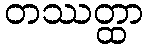
တဿတ္ထာ